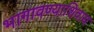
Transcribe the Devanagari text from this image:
भागावण्याशिवाय